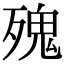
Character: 㱱